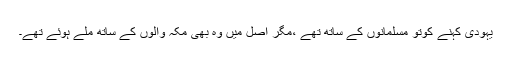
یہودی کہنے کوتو مسلمانوں کے ساتھ تھے ،مگر اصل میں وہ بھی مکہ والوں کے ساتھ ملے ہوئے تھے۔